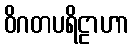
ဝိဂတပရိဠာဟာ